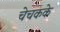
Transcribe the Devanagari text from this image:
चेचकके